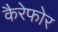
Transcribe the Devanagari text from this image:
कैरेफोर